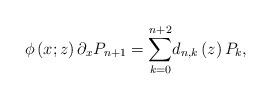
LaTeX: \begin{align*}\phi\left( x;z\right) \partial_{x}P_{n+1}={\displaystyle\sum\limits_{k=0}^{n+2}}d_{n,k}\left( z\right) P_{k}, \end{align*}